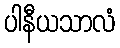
ပါနီယသာလံ